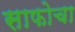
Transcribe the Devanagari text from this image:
साफोचा